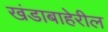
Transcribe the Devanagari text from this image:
खंडाबाहेरील